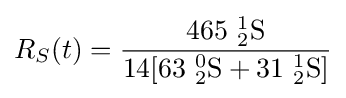
R_{S}(t)={\frac {465\ {_{2}^{1}}{\ce {S}}}{14[63\ {_{2}^{0}}{\ce {S}}+31\ {_{2}^{1}}{\ce {S}}]}}